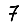
Digit: 7